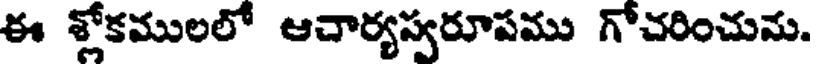
ఈ శ్లోకములలో ఆచార్యస్వరూపము గోచరించును.